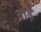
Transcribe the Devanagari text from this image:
वार्ड़